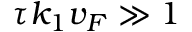
\tau k _ { 1 } v _ { F } \gg 1